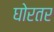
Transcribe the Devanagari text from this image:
घोरतर